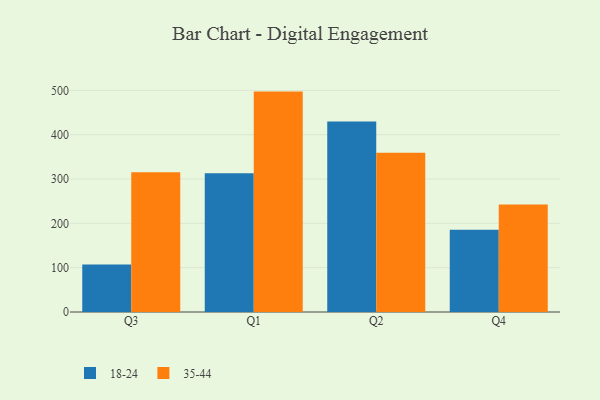
{"axis": {"x": "Quarter", "y": "Bounce Rate (%)"}, "legend": ["18-24", "35-44"], "data": [{"x": "Q3", "y": 107.4, "type": "18-24"}, {"x": "Q3", "y": 315.1, "type": "35-44"}, {"x": "Q1", "y": 313.1, "type": "18-24"}, {"x": "Q1", "y": 497.2, "type": "35-44"}, {"x": "Q2", "y": 429.9, "type": "18-24"}, {"x": "Q2", "y": 359.0, "type": "35-44"}, {"x": "Q4", "y": 185.6, "type": "18-24"}, {"x": "Q4", "y": 242.6, "type": "35-44"}]}